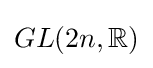
GL(2n,\mathbb {R} )